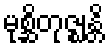
မုစ္ဆိတုဇ္ဈန္တိ